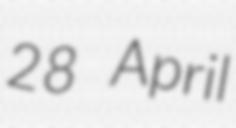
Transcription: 28 April